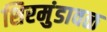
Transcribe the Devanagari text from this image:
शिरमुंडावळ